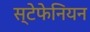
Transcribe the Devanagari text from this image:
स्टेफेनियन